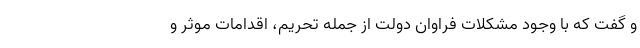
و گفت که با وجود مشکلات فراوان دولت از جمله تحریم، اقدامات موثر و